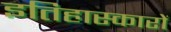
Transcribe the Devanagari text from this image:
इतिहास्कारों